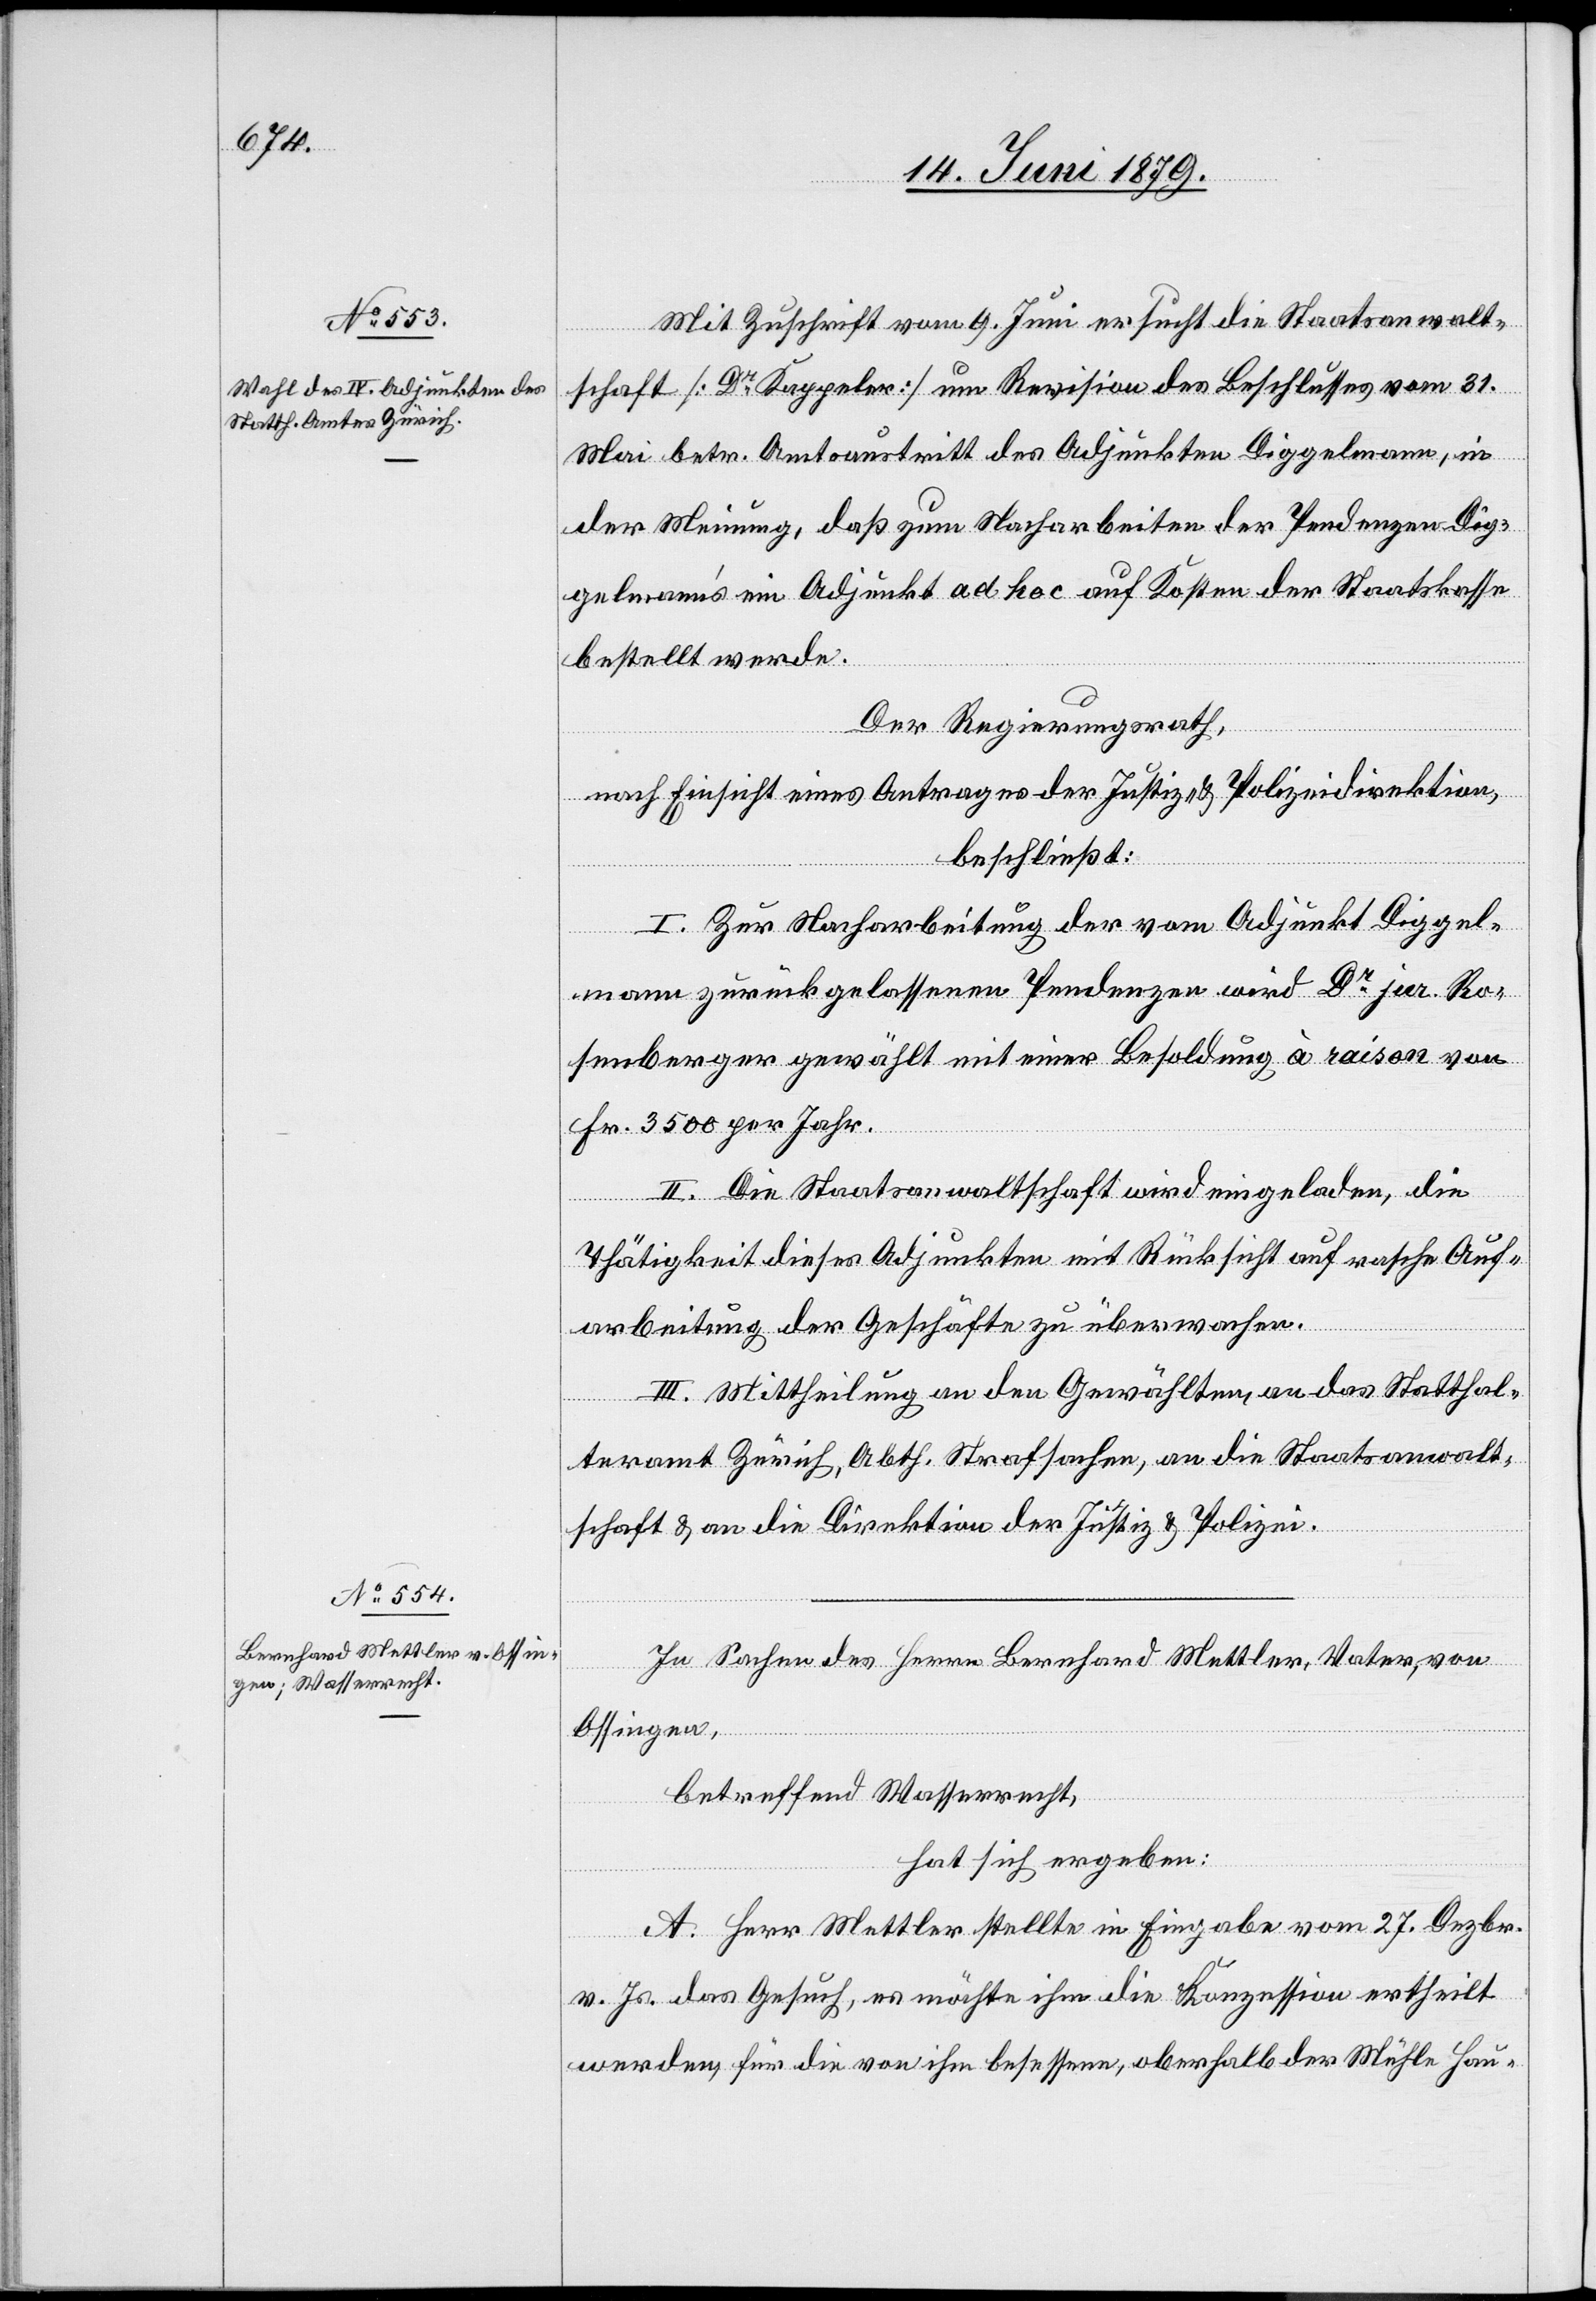
Mit Zuschrift vom 9. Juni ersucht die Staatsanwalt¬
schaft [Dr Kappeler] um Revision des Beschlusses vom 31.
Mai betr. Amtsaustritt des Adjunkten Diggelmann, in
der Meinung, daß zum Nacharbeiten der Pendenzen Dig¬
gelmann’s ein Adjunkt ad hoc auf Kosten der Staatskasse
bestellt werde.
Der Regierungsrath,
nach Einsicht eines Antrages der Justiz- & Polizeidirektion,
beschließt:
I. Zur Nacharbeitung der vom Adjunkt Diggel¬
mann zurück gelassenen Pendenzen wird Dr jur. Ro¬
senberger gewählt mit einer Besoldung à raison von
Fr. 3500 per Jahr.
II. Die Staatsanwaltschaft wird eingeladen, die
Thätigkeit dieses Adjunkten mit Rücksicht auf rasche Auf¬
arbeitung der Geschäfte zu überwachen.
III. Mittheilung an den Gewählten, an das Statthal¬
teramt Zürich, Abth. Strafsachen, an die Staatsanwalt¬
schaft & an die Direktion der Justiz & Polizei.
In Sachen des Herrn Bernhard Mettler, Vater, von
Ossingen,
betreffend Wasserrecht,
hat sich ergeben:
A. Herr Mettler stellte in Eingabe vom 27. Dezbr.
v. Js. das Gesuch, es möchte ihm die Konzession ertheilt
werden, für die von ihm besessene, oberhalb der Mühle Hau-